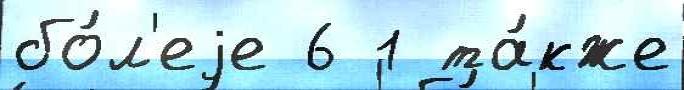
бо́л'еjе 6 1 та́кже